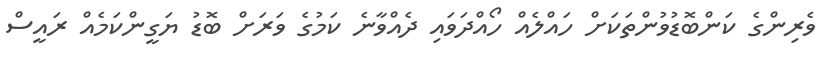
ވެރިންގެ ކަންބޮޑުވުންތަކަށް ހައްލެއް ހޯއްދަވައި ދެއްވާނެ ކަމުގެ ވަރަށް ބޮޑު ޔަގީންކަމެއް ރައީސް